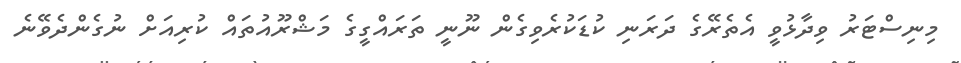
މިނިސްޓަރު ވިދާޅުވީ އެތެރޭގެ ދަރަނި ކުޑަކުރެވިގެން ނޫނީ ތަރައްގީގެ މަޝްރޫއުތައް ކުރިއަށް ނުގެންދެވޭނެ